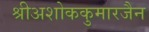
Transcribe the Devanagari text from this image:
श्रीअशोककुमारजैन